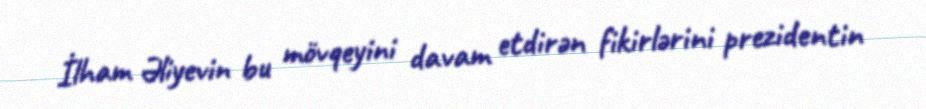
İlham Əliyevin bu mövqeyini davam etdirən fikirlərini prezidentin